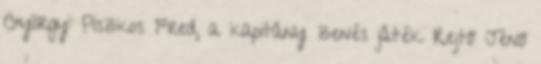
György: Piszkos Fred, a kapitány zenés játék Rejtő Jenő